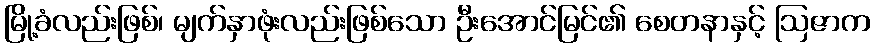
မြို့ခံလည်းဖြစ်၊ မျက်နှာဖုံးလည်းဖြစ်သော ဦးအောင်မြင်၏ စေတနာနှင့် ဩဇာက